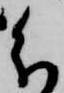
分